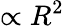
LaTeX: \propto R^{2}